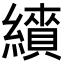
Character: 𦆋